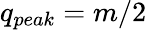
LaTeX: q_{peak}=m/2